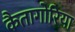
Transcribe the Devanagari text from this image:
कैतागोरिया